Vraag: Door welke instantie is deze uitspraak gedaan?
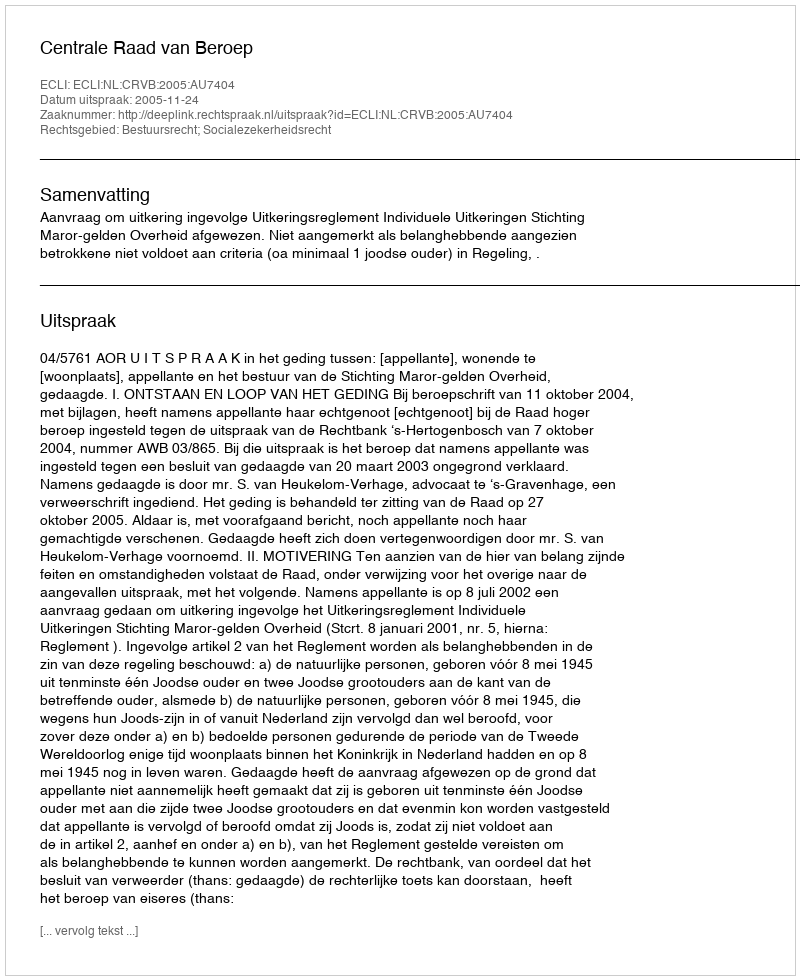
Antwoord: Centrale Raad van Beroep